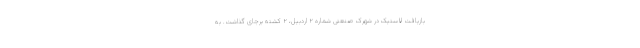
بازیافت لاستیک در شهرک صنعتی شماره ۲ اردبیل، ۲ کشته برجای گذاشت. به